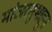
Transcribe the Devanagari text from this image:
मांजरसुभाहून